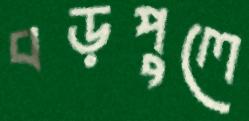
বড়পুলে